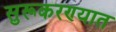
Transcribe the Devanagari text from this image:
सुरूकरण्यात